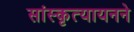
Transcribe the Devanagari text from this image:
सांस्कृत्यायनने